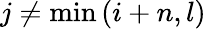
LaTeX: j\ne\operatorname*{min}\left(i+n,l\right)